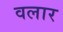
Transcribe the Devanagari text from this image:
वलार